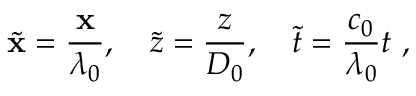
\tilde { \mathbf { x } } = \frac { \mathbf { x } } { \lambda _ { 0 } } , \quad \tilde { z } = \frac { z } { D _ { 0 } } , \quad \tilde { t } = \frac { c _ { 0 } } { \lambda _ { 0 } } t \ ,